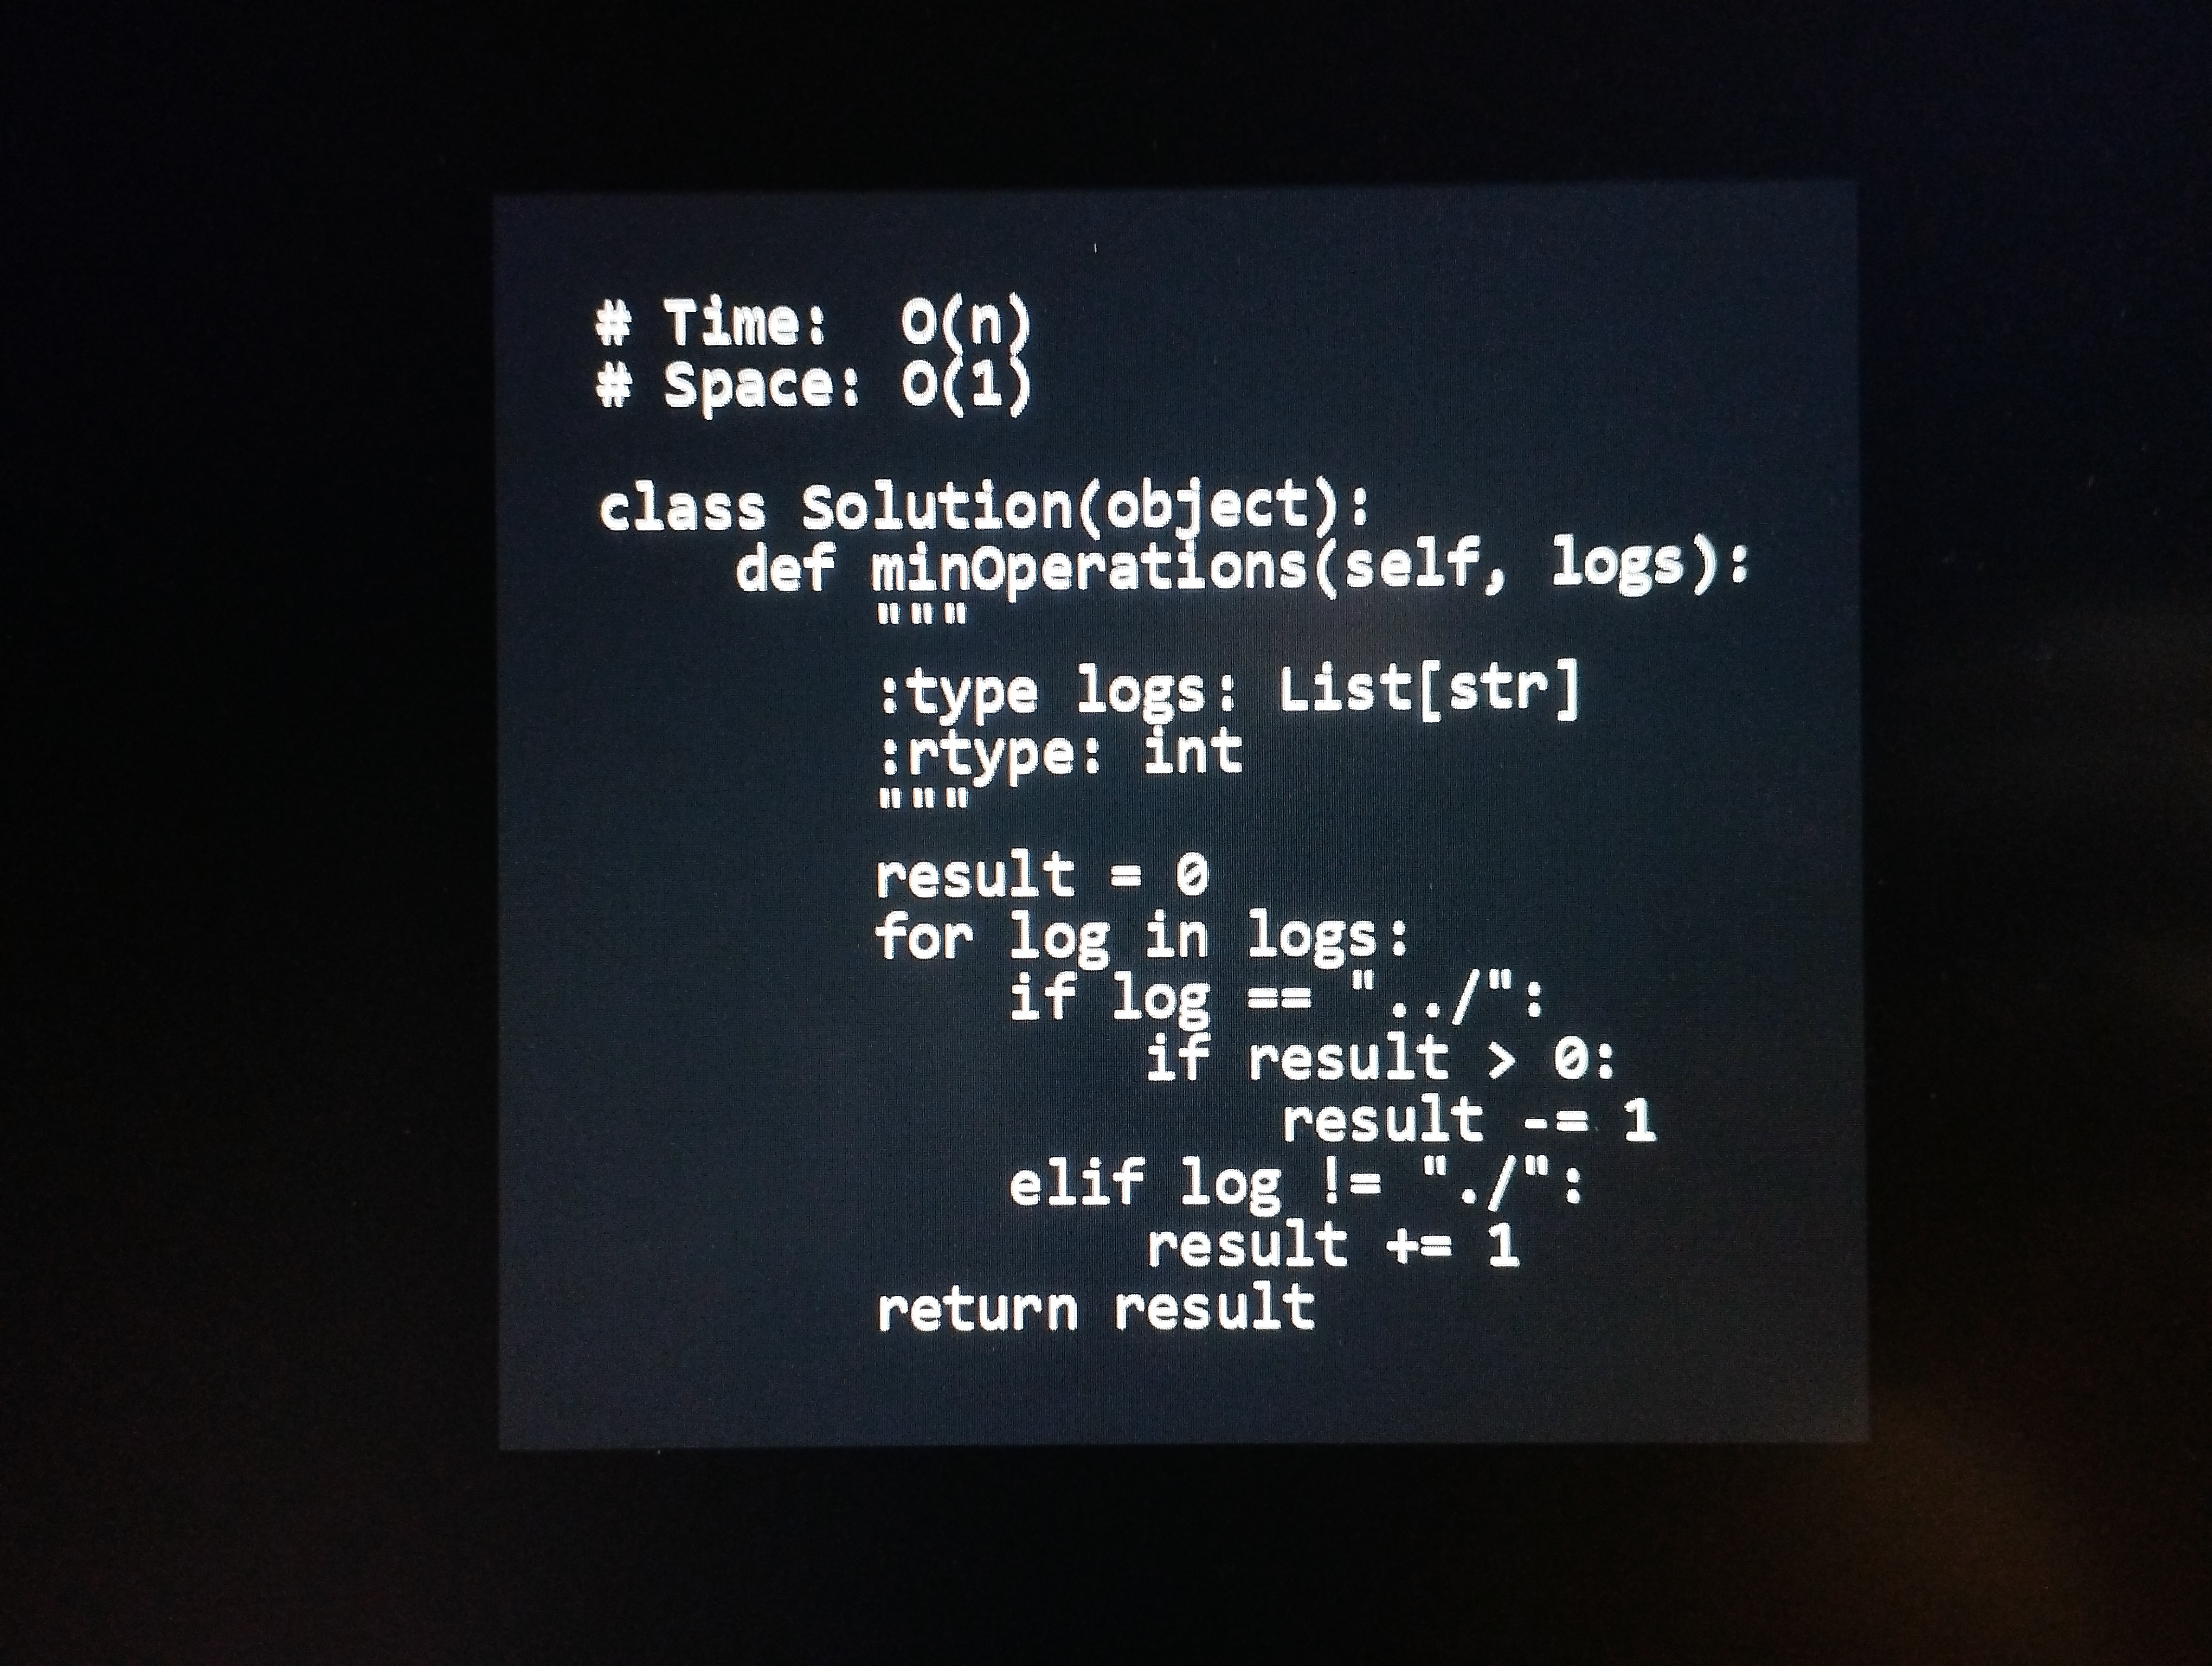
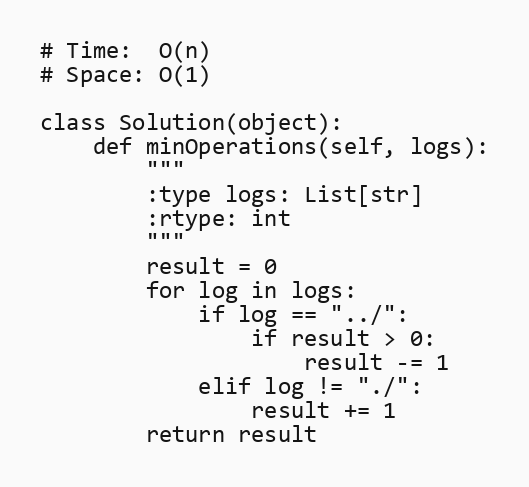
# Time:  O(n)
# Space: O(1)

class Solution(object):
    def minOperations(self, logs):
        """
        :type logs: List[str]
        :rtype: int
        """
        result = 0
        for log in logs:
            if log == "../":
                if result > 0:
                    result -= 1
            elif log != "./":
                result += 1
        return result